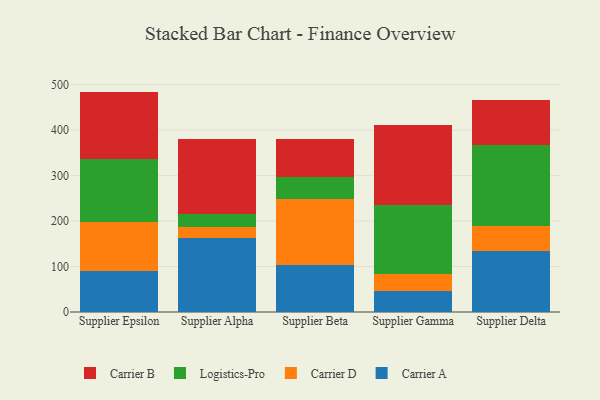
{"axis": {"x": "Supplier", "y": "Waste Production (Tons)"}, "legend": ["Carrier A", "Carrier B", "Carrier D", "Logistics-Pro"], "data": [{"x": "Supplier Epsilon", "y": 90.8, "type": "Carrier A"}, {"x": "Supplier Epsilon", "y": 107.0, "type": "Carrier D"}, {"x": "Supplier Epsilon", "y": 138.1, "type": "Logistics-Pro"}, {"x": "Supplier Epsilon", "y": 148.7, "type": "Carrier B"}, {"x": "Supplier Alpha", "y": 163.1, "type": "Carrier A"}, {"x": "Supplier Alpha", "y": 24.2, "type": "Carrier D"}, {"x": "Supplier Alpha", "y": 28.8, "type": "Logistics-Pro"}, {"x": "Supplier Alpha", "y": 164.1, "type": "Carrier B"}, {"x": "Supplier Beta", "y": 102.9, "type": "Carrier A"}, {"x": "Supplier Beta", "y": 145.1, "type": "Carrier D"}, {"x": "Supplier Beta", "y": 48.9, "type": "Logistics-Pro"}, {"x": "Supplier Beta", "y": 84.0, "type": "Carrier B"}, {"x": "Supplier Gamma", "y": 45.3, "type": "Carrier A"}, {"x": "Supplier Gamma", "y": 38.8, "type": "Carrier D"}, {"x": "Supplier Gamma", "y": 151.5, "type": "Logistics-Pro"}, {"x": "Supplier Gamma", "y": 176.5, "type": "Carrier B"}, {"x": "Supplier Delta", "y": 133.7, "type": "Carrier A"}, {"x": "Supplier Delta", "y": 54.4, "type": "Carrier D"}, {"x": "Supplier Delta", "y": 178.1, "type": "Logistics-Pro"}, {"x": "Supplier Delta", "y": 100.8, "type": "Carrier B"}]}